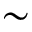
\sim